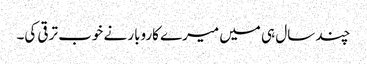
چند سال ہی میں میرے کاروبار نے خوب ترقی کی۔